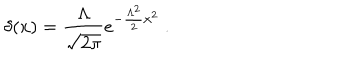
LaTeX: \delta ( x ) = \frac { \Lambda } { \sqrt { 2 \pi } } e ^ { - \frac { \Lambda ^ { 2 } } { 2 } x ^ { 2 } } \ .